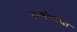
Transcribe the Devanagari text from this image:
लाहोराचा